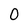
Character: O